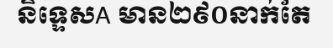
និទ្ទេសA មាន២៩០នាក់តែ